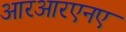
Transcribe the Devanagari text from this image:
आरआरएनए